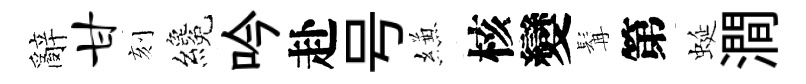
辭甘刻纔吟赴号縑核變髯第蜒澗